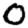
Digit: 0